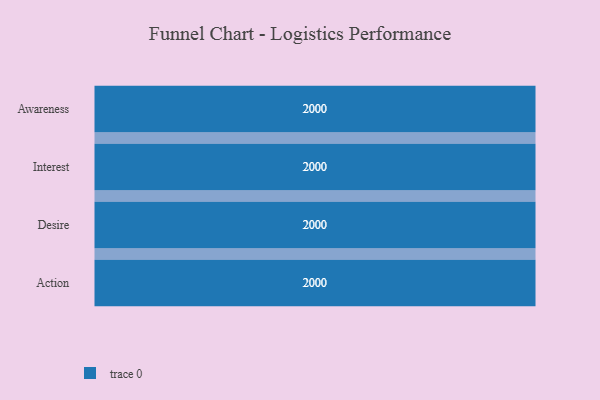
{"axis": {"x": "Stage", "y": "Value"}, "legend": [""], "data": [{"x": "Awareness", "y": 2000, "type": ""}, {"x": "Interest", "y": 2000, "type": ""}, {"x": "Desire", "y": 2000, "type": ""}, {"x": "Action", "y": 2000, "type": ""}]}